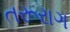
તરૂરાગ